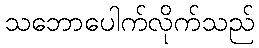
သဘောပေါက်လိုက်သည်